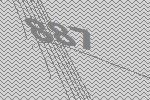
887